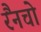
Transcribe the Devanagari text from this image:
रैंनचो